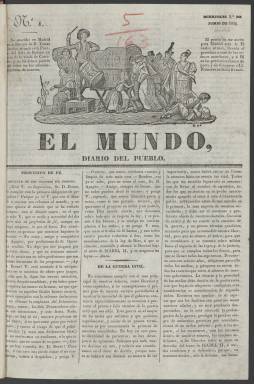
Título: El Mundo (Madrid. 1836)
Colección: Periódicos anteriores a 1850
Ámbito geográfico: Madrid
Lugar de publicación: Madrid
Fechas: 01/06/1836-02/10/1839